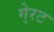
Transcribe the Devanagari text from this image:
गे्रट